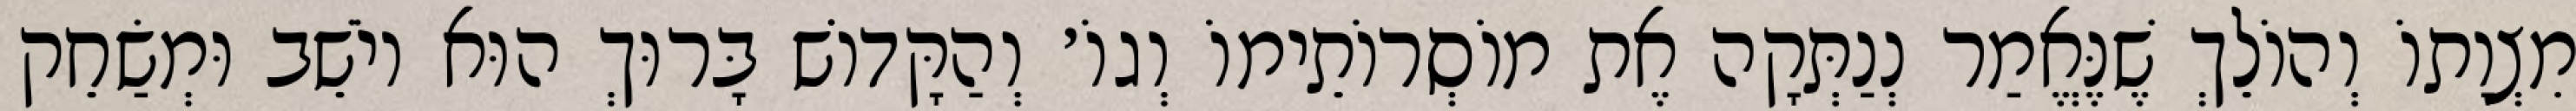
מִצְוָתוֹ וְהוֹלֵךְ שֶׁנֶּאֱמַר נְנַתְּקָה אֶת מוֹסְרוֹתֵימוֹ וְגוֹ׳ וְהַקָּדוֹשׁ בָּרוּךְ הוּא יוֹשֵׁב וּמְשַׂחֵק